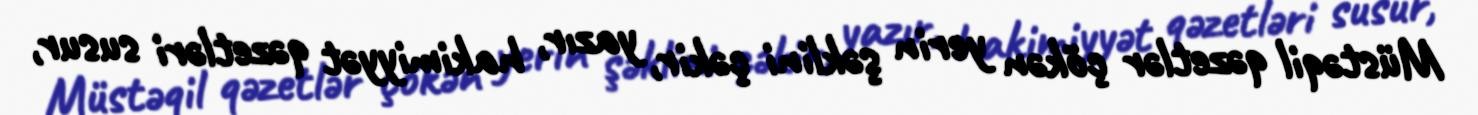
Müstəqil qəzetlər çökən yerin şəklini çəkir, yazır, hakimiyyət qəzetləri susur,